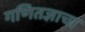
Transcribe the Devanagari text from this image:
गणितज्ञाचा